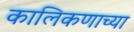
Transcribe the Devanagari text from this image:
कालिकणाच्या